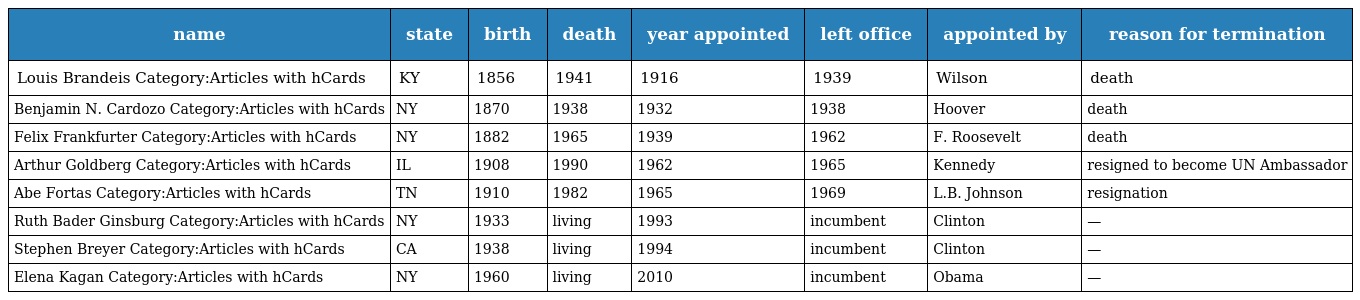
| name | state | birth | death | year appointed | left office | appointed by | reason for termination |
 | --- | --- | --- | --- | --- | --- | --- | --- |
 | Louis Brandeis Category:Articles with hCards | KY | 1856 | 1941 | 1916 | 1939 | Wilson | death |
 | Benjamin N. Cardozo Category:Articles with hCards | NY | 1870 | 1938 | 1932 | 1938 | Hoover | death |
 | Felix Frankfurter Category:Articles with hCards | NY | 1882 | 1965 | 1939 | 1962 | F. Roosevelt | death |
 | Arthur Goldberg Category:Articles with hCards | IL | 1908 | 1990 | 1962 | 1965 | Kennedy | resigned to become UN Ambassador |
 | Abe Fortas Category:Articles with hCards | TN | 1910 | 1982 | 1965 | 1969 | L.B. Johnson | resignation |
 | Ruth Bader Ginsburg Category:Articles with hCards | NY | 1933 | living | 1993 | incumbent | Clinton | — |
 | Stephen Breyer Category:Articles with hCards | CA | 1938 | living | 1994 | incumbent | Clinton | — |
 | Elena Kagan Category:Articles with hCards | NY | 1960 | living | 2010 | incumbent | Obama | — |